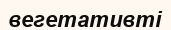
вегетативті